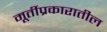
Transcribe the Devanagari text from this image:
मूर्तीप्रकारातील